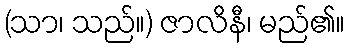
(သာ၊ သည်။) ဇာလိနီ၊ မည်၏။